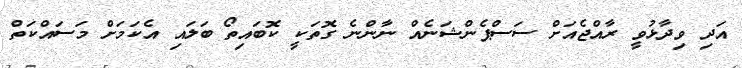
އަދި ވިދާޅުވީ ރާއްޖެއަށް ސަސްޕެންޝަނެއް ނާންނެ ގޮތަކީ ކޮބައިތޯ ބަލައި އެކަމަށް މަސައްކަތް